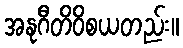
အနုဂီတိဝိစယတည်း။